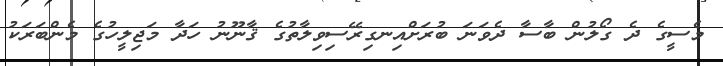
މެސީގެ ދެ ގޯލުން ބާސާ ދެވަނަ ބުރަށްއިނގިރޭސިވިލާތުގެ ޤާނޫނު ހަދާ މަޖިލީހުގެ މެންބަރަކު